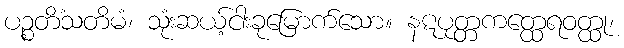
ပဉ္စတိံသတိမံ၊ သုံးဆယ့်ငါးခုမြောက်သော။ နဋပုတ္တကတ္ထေရဝတ္ထု၊